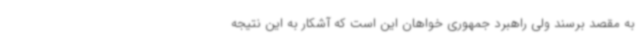
به مقصد برسند ولی راهبرد جمهوری خواهان این است که آشکار به این نتیجه